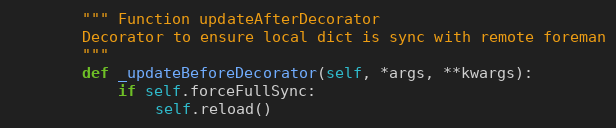
Language: Python
        """ Function updateAfterDecorator
        Decorator to ensure local dict is sync with remote foreman
        """
        def _updateBeforeDecorator(self, *args, **kwargs):
            if self.forceFullSync:
                self.reload()